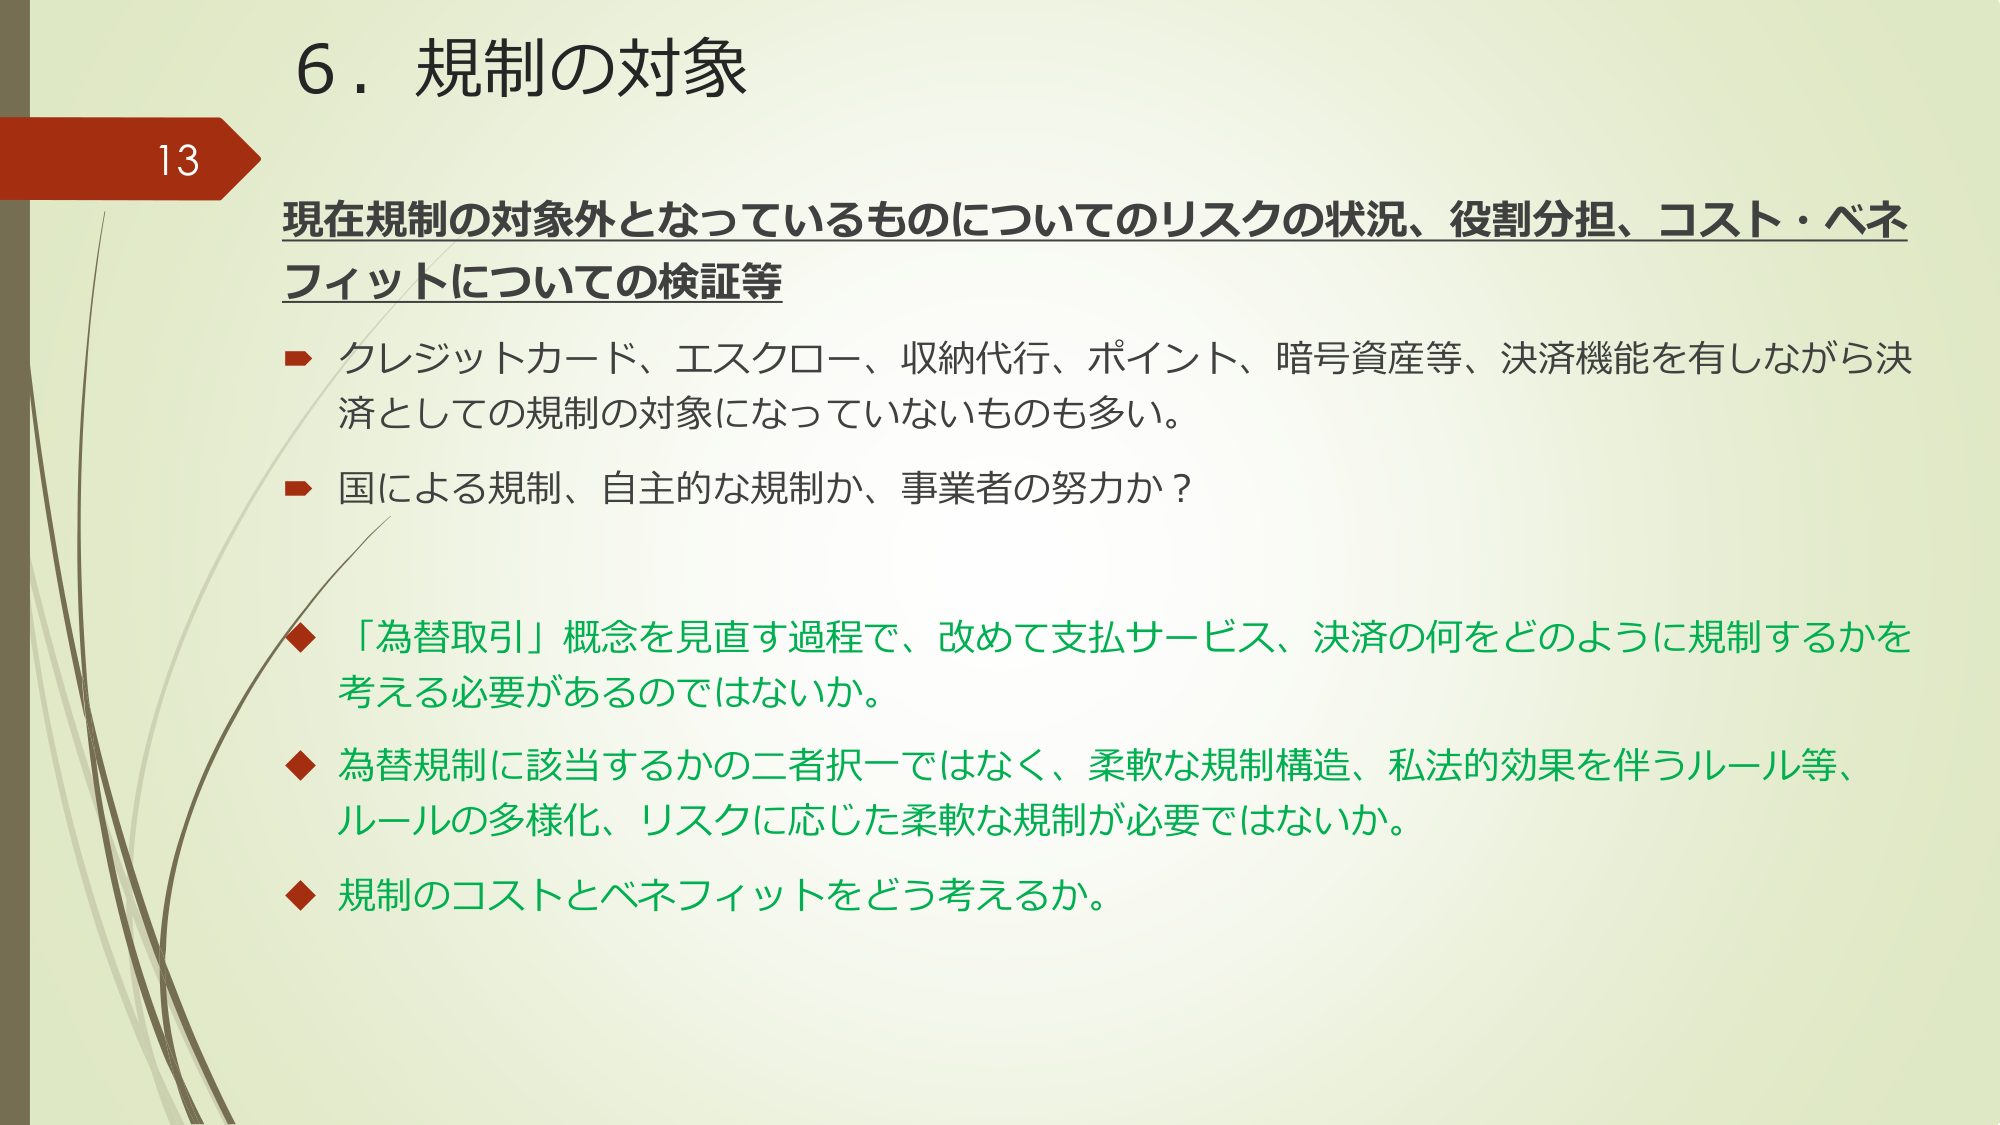
6．規制の対象

現在規制の対象外となっているものについてのリスクの状況、役割分担、コスト・ベネフィットについての検証等

→ クレジットカード、エスクロー、収納代行、ポイント、暗号資産等、決済機能を有しながら決済としての規制の対象になっていないものも多い。

→ 国による規制、自主的な規制か、事業者の努力か？

◆ 「為替取引」概念を見直す過程で、改めて支払サービス、決済の何をどのように規制するかを考える必要があるのではないか。

◆ 為替規制に該当するかの二者択一ではなく、柔軟な規制構造、私法的効果を伴うルール等、ルールの多様化、リスクに応じた柔軟な規制が必要ではないか。

◆ 規制のコストとベネフィットをどう考えるか。

13